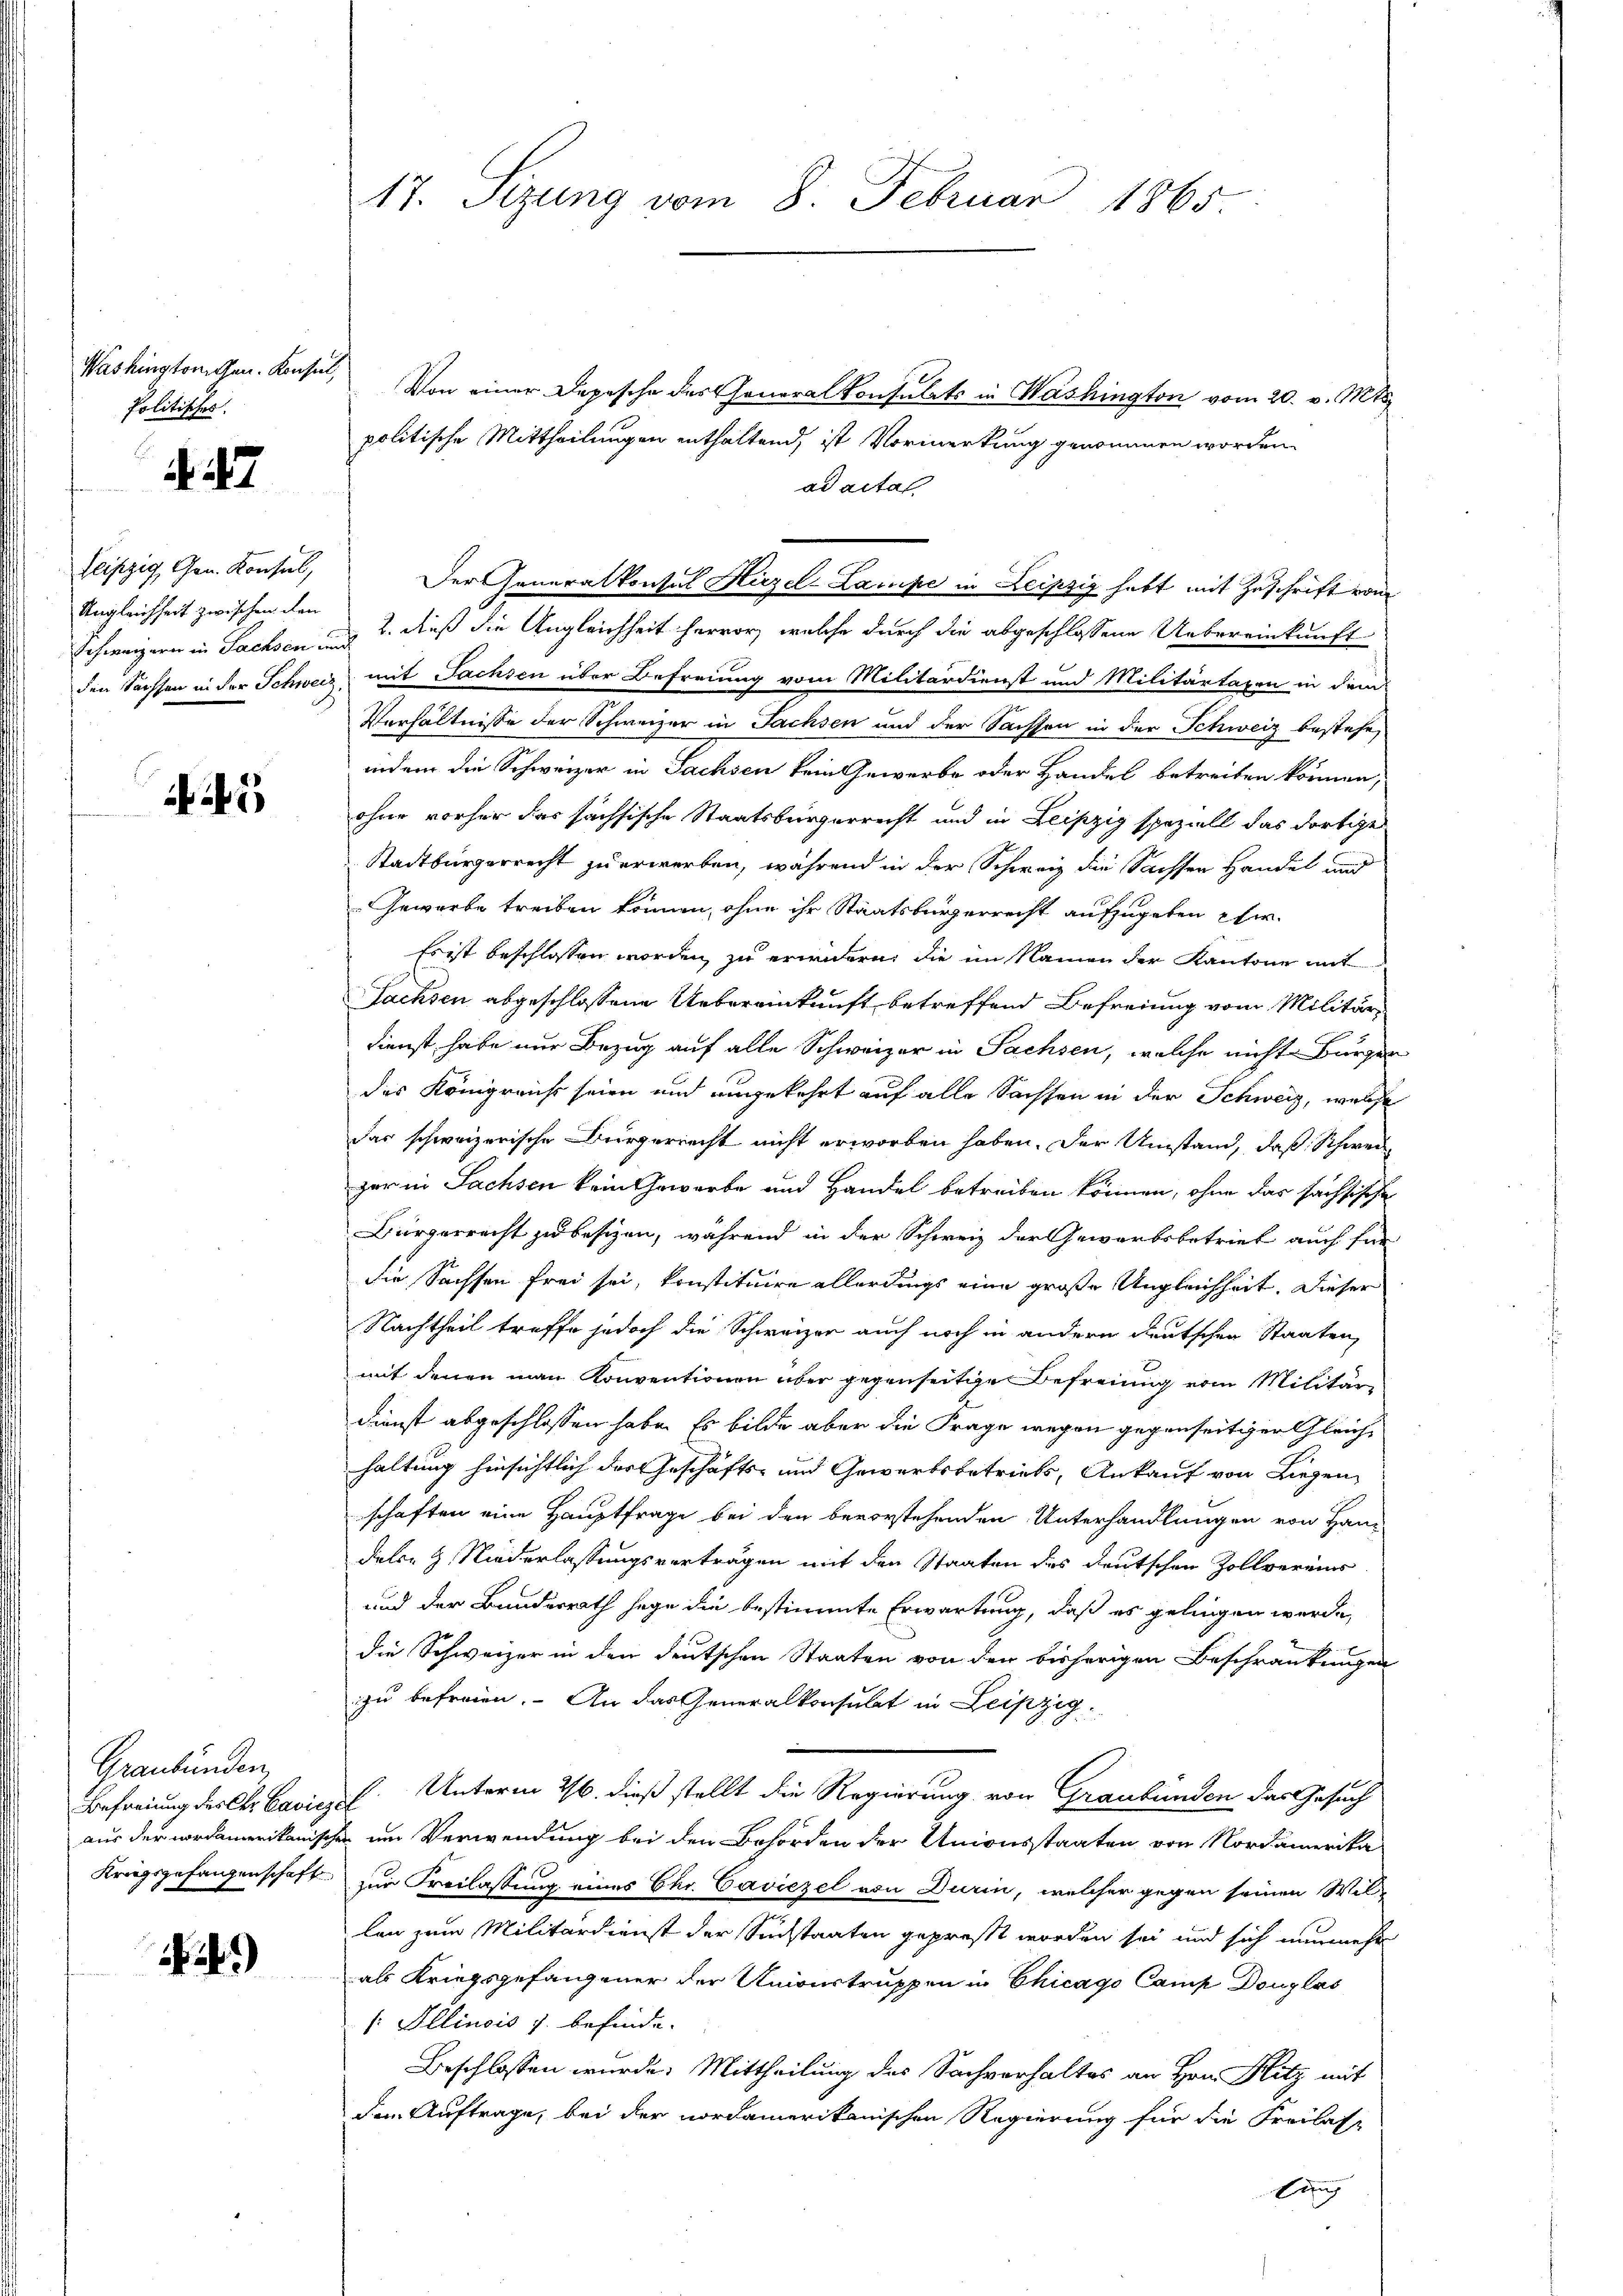
Washington gen. Konsul,
Politisches.

A. 27

flipzig, Gen. Konsul,
Schweizern in Sachsen und

5

Graubünden,
Befreiung des Chr. Caviezel

2.)

17. Sizung vom 8. Februar 1865.

Von einer Depesche des Generalkonsulats in Washington vom 20. v. Mts.
politische Mittheilungen enthaltend, ist Vormerkung genommen worden
ad actal
Der Generalkonsul Hirzel-Lampe in Leipzig habt mit Zuschrift vom
Ungleichheit zwischen den & dieß die Angleichheit hervor, welche durch die abgeschlossene Uebereinkunft
den Sachsen in der Schweiz, mit Sachsen über Befreiung vom Militärdienst und Militärtaxen in dem
Verhältnisse der Schweizer in Sachsen und der Sachson in der Schweiz bestehe,
indem die Schweizer in Sachsen kein Gewerbe oder Handel betreiten können,
ohne vorher das sachsische Staatsbürgerrecht und in Leipzig speziell das dortige
Stadtbürgerrecht zu erworben, während in der Schweiz die Sachsen Handel und
Gewerbe treiben können, ohne ihr Staatsbürgerrecht aufzugeben hi
Es ist beschlossen worden, zu erwidern, die im Namen der Kantone mit
Sachsen abgeschlossene Uebereinkunft betreffend Befreiung vom Militär-
Dienst habe nur Bezug auf alle Schweizer in Sachsen, welche nicht Bürger
des Königreichs seien und angekehrt auf alle Sachsen in der Schweiz, welche
das schweizerische Bürgerrecht nicht erworben haben. Der Umstand, daß Schwei
zer in Sachsen kein Gewerbe und Handel betreiben können, ohne das sachsische
Bürgerrecht zu besizen, während in der Schweiz der Gewerbsbetrieb auch für
die Sachsen frei sei, konstituire allerdings eine große Ungleichheit. Dieser
Nachtheil treffe jedoch die Schweizer auch noch in andern deutschen Staaten,
mit denen man Konventionen über gegenseitige Befreiung vom Militär¬
Dienst abgeschlossen habe. Es bilde aber die Frage wegen gegenseitiger Gleichhaltung hinsichtlich der Geschäfts- und Gewerbsbetriebs, Ankauf von Liegen-
schaften eine Hauptfrage bei den bevorstehenden Unterhandlungen von Han-
delen & Niederlassungsverträgen mit den Staaten des deutschen Zollvereins
und der Bundesrath sage die bestimmte Erwartung, daß es gelingen werde,
die Schweizer in den deutschen Staaten von den bisherigen Beschränkungen
zu befreien. An das Generalkonsulat in Leipzig.
Unterm 26. dieß stellt die Regierung von Graubünden das Gesuch
aus der nordamerikanischen um Verwendung bei den Behörden der Unionsstaaten von Nordamerika
Kriegsgefangenschaft zur Freilassung eines Chr. Caviezel von Durin, welcher gegen seinen Wil-
len zum Militärdienst der Suchstaaten gepresst worden sei und sich nunmehr
als Kriegsgefangener der Univertruppen in Chicago Camp Douglas
[: Illinois s. befinde.
Beschlossen wurde. Mittheilung des Sachverhaltes an Hrn. Hitz mit
den Auftrage, bei der nordamerikanischen Regierung für die Freilas¬
Eing